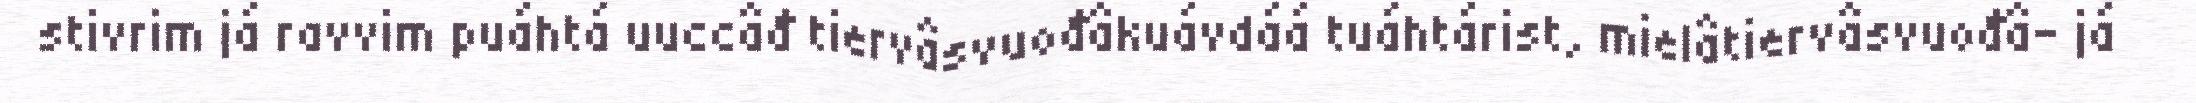
stivrim já ravvim puáhtá uuccâđ tiervâsvuođâkuávdáá tuáhtárist, mielâtiervâsvuođâ- já